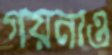
গয়নাও